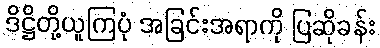
ဒိဋ္ဌိတို့ယူကြပုံ အခြင်းအရာကို ပြဆိုခန်း